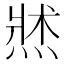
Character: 𱫭